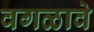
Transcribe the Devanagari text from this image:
वगळावे